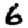
Digit: 6